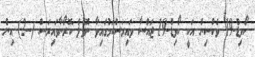
ކޯވިޑް-19 ވެކްސިން އަކީ ކޯވިޑް-19 ޖައްސާ ވައިރަސްކަމުގައިވާ ނޮވެލް ކޮރޯނާވައިރަސް (--2) އިން